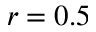
r = 0 . 5